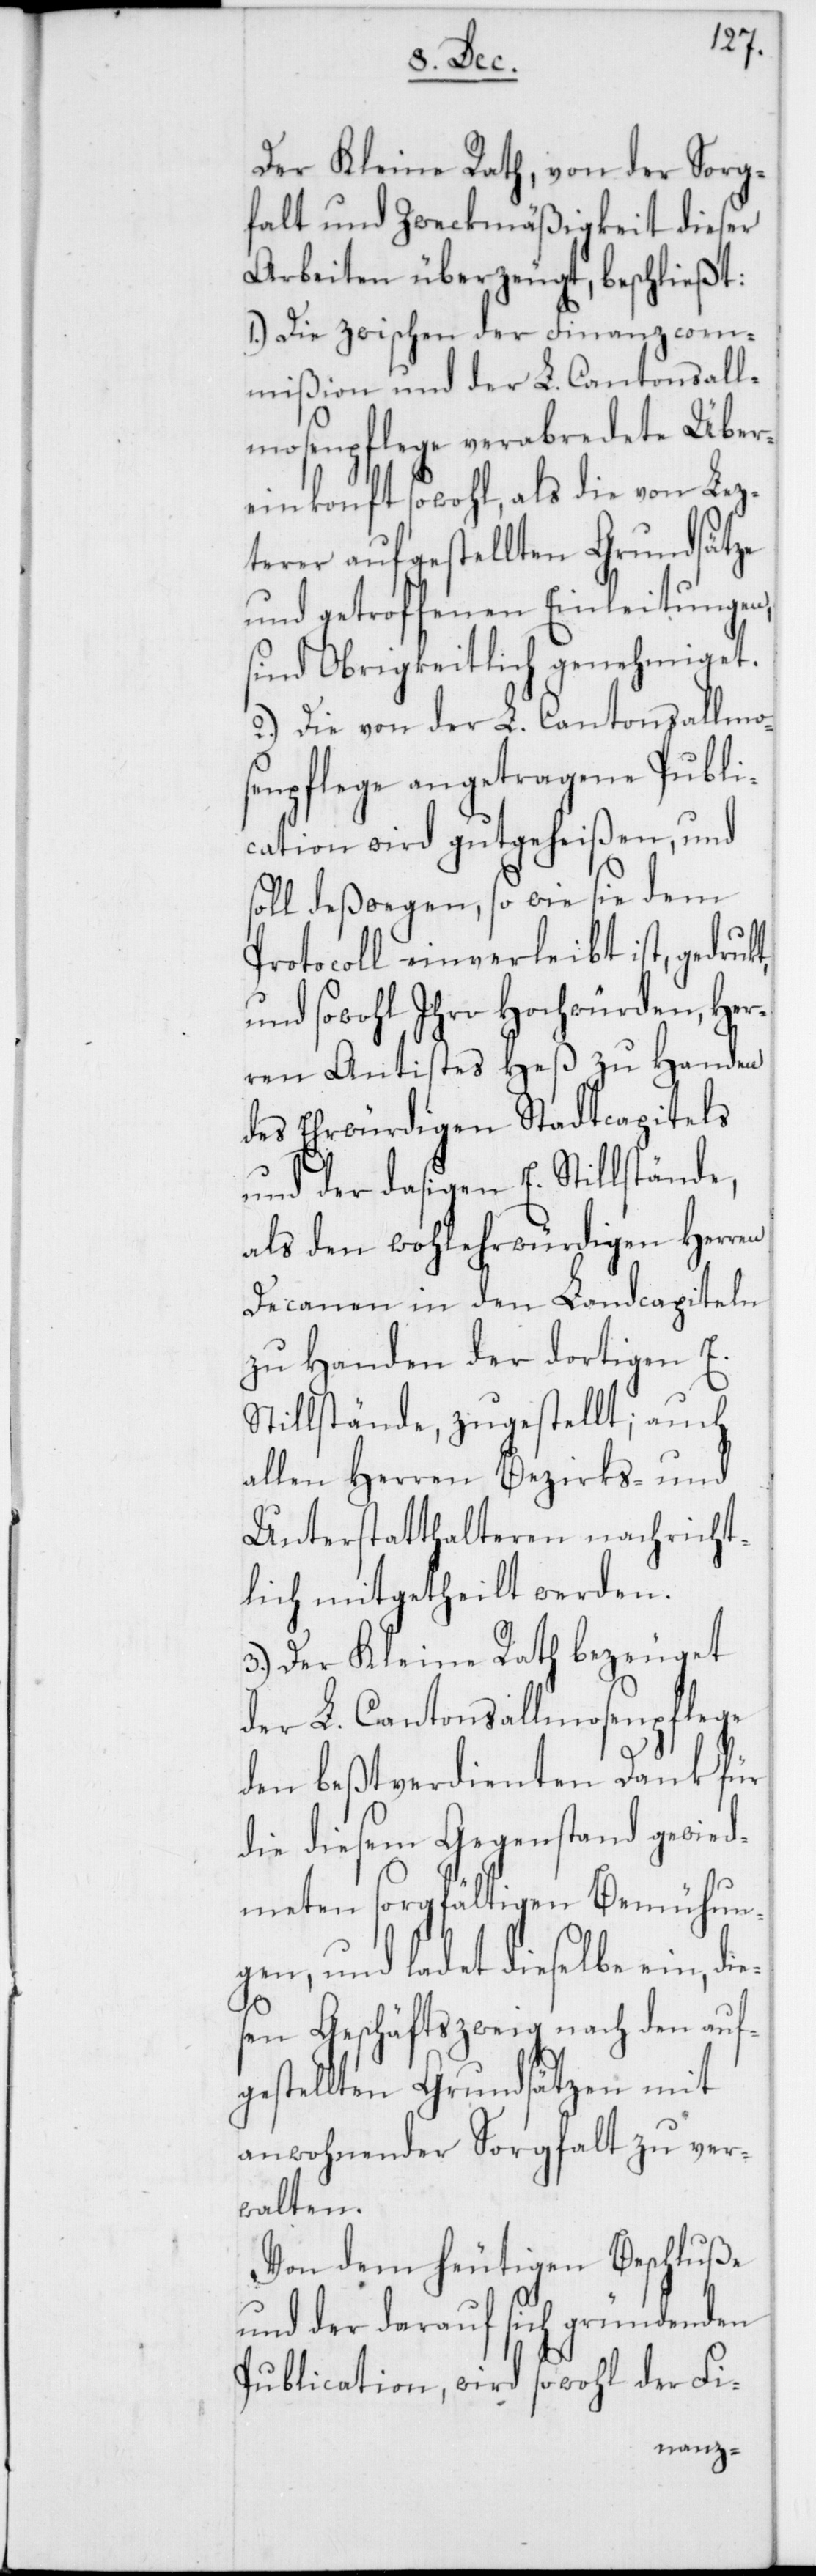
Der Kleine Rath, von der Sorg¬
falt und Zweckmäßigkeit dieser
Arbeiten überzeugt, beschließt:
1.) Die zwischen der Finanzcom¬
mißion und der L. Cantonsall¬
mosenpflege verabredete Über¬
einkonft sowohl, als die von Lez¬
terer aufgestellten Grundsätze
und getroffenen Einleitungen,
sind Obrigkeitlich genehmiget.
2.) Die von der L. Cantonsallmo¬
senpflege angetragene Publi¬
cation wird gutgeheißen, und
soll deßwegen, so wie sie dem
Protocoll einverleibt ist, gedruckt
und sowohl Ihro Hochwürden, Her¬
ren Antistes Heß zu Handen
des Ehrwürdigen Stadtcapitels
und der dasigen E. Stillstände,
als den wohlehrwürdigen Herren
Decanen in den Landcapiteln
zu Handen der dortigen E.
Stillstände, zugestellt; auch
allen Herren Bezirks- und
Unterstatthalteren nachricht¬
lich mitgetheilt werden.
3.) Der Kleine Rath bezeuget
der L. Cantonsallmosenpflege
den beßtverdienten Dank für
die diesem Gegenstand gewied¬
meten sorgfältigen Bemühun¬
gen, und ladet dieselbe ein, die¬
sen Geschäftszweig nach den auf¬
gestellten Grundsätzen mit
anwohnender Sorgfalt zu ver¬
walten.
Von dem heutigen Beschluße
und der darauf sich gründenden
Publication, wird sowohl der Fi-